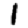
Digit: 1